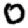
Digit: 0